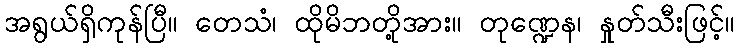
အရွယ်ရှိကုန်ပြီ။ တေသံ၊ ထိုမိဘတို့အား။ တုဏ္ဍေန၊ နှုတ်သီးဖြင့်။